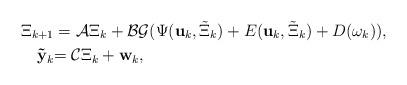
LaTeX: \begin{align*}\Xi_{k+1} &= \mathcal{A}\Xi_k + \mathcal{B}\mathcal{G}(\Psi(\mathbf{u}_k,{\tilde{\Xi}_k})+E(\mathbf{u}_k,{\tilde{\Xi}_k})+ D(\omega_k)),\\{\mathbf{\tilde{y}}_k }&{= \mathcal{C}\Xi_k + \mathbf{w}_k},\end{align*}